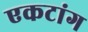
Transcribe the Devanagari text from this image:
एकटांग